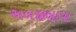
અબજીબાપા